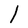
Character: l